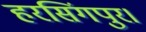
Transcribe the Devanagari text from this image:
हरसिंगपुर।